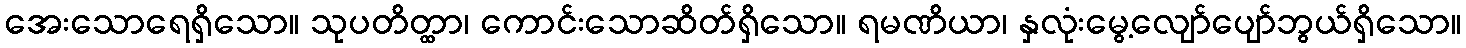
အေးသောရေရှိသော။ သုပတိတ္ထာ၊ ကောင်းသောဆိတ်ရှိသော။ ရမဏိယာ၊ နှလုံးမွေ့လျော်ပျော်ဘွယ်ရှိသော။